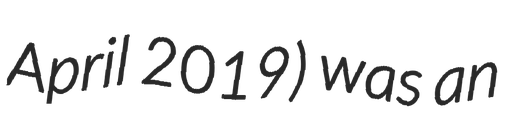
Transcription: April 2019) was an